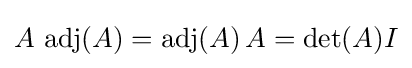
A\,\operatorname {adj} (A)=\operatorname {adj} (A)\,A=\det(A)I